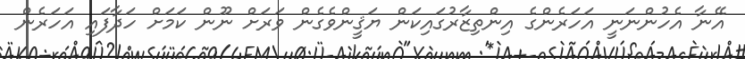
އޭނާ އެހުންނަނީ އަހަރެންގެ އިންތިޒާރުގައިކަން ޔަޤީންވެގެން ވަރަށް ނޫން ކަމަށް ހަދާފައި އަހަރެން